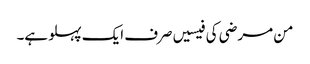
من مرضی کی فیسیں صرف ایک پہلو ہے۔